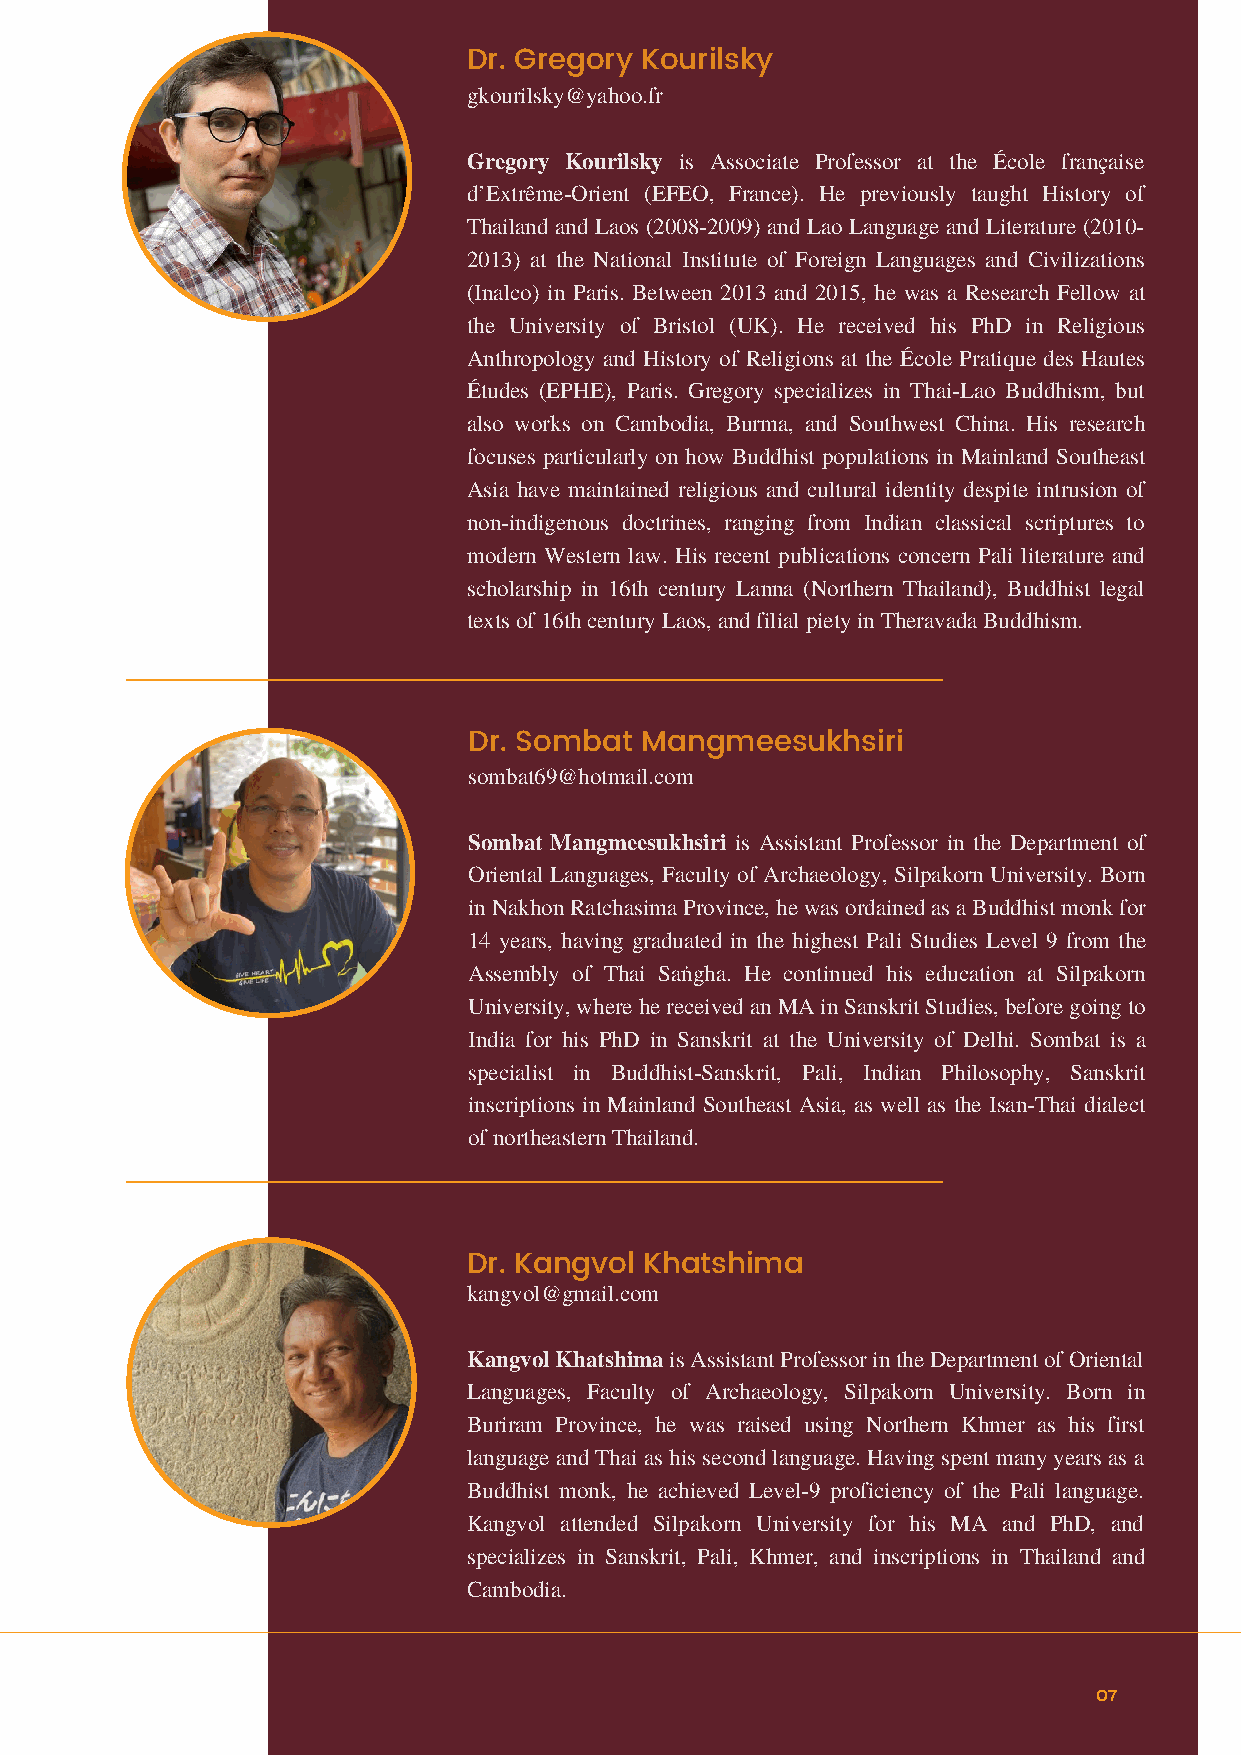
Dr. Gregory Kourilsky
 gkourilsky@yahoo.fr
 Gregory Kourilsky is Associate Professor at the École française
 d’Extrême-Orient (EFEO, France). He previously taught History of
 Thailand and Laos (2008-2009) and Lao Language and Literature (2010-
 2013) at the National Institute of Foreign Languages and Civilizations
 (Inalco) in Paris. Between 2013 and 2015, he was a Research Fellow at
 the University of Bristol (UK). He received his PhD in Religious
 Anthropology and History of Religions at the École Pratique des Hautes
 Études (EPHE), Paris. Gregory specializes in Thai-Lao Buddhism, but
 also works on Cambodia, Burma, and Southwest China. His research
 focuses particularly on how Buddhist populations in Mainland Southeast
 Asia have maintained religious and cultural identity despite intrusion of
 non-indigenous doctrines, ranging from Indian classical scriptures to
 modern Western law. His recent publications concern Pali literature and
 scholarship in 16th century Lanna (Northern Thailand), Buddhist legal
 texts of 16th century Laos, and filial piety in Theravada Buddhism.
 Dr. Sombat Mangmeesukhsiri
 sombat69@hotmail.com
 Sombat Mangmeesukhsiri is Assistant Professor in the Department of
 Oriental Languages, Faculty of Archaeology, Silpakorn University. Born
 in Nakhon Ratchasima Province, he was ordained as a Buddhist monk for
 14 years, having graduated in the highest Pali Studies Level 9 from the
 Assembly of Thai Saṅgha. He continued his education at Silpakorn
 University, where he received an MA in Sanskrit Studies, before going to
 India for his PhD in Sanskrit at the University of Delhi. Sombat is a
 specialist in Buddhist-Sanskrit, Pali, Indian Philosophy, Sanskrit
 inscriptions in Mainland Southeast Asia, as well as the Isan-Thai dialect
 of northeastern Thailand.
 Dr. Kangvol Khatshima
 kangvol@gmail.com
 Kangvol Khatshima is Assistant Professor in the Department of Oriental
 Languages, Faculty of Archaeology, Silpakorn University. Born in
 Buriram Province, he was raised using Northern Khmer as his first
 language and Thai as his second language. Having spent many years as a
 Buddhist monk, he achieved Level-9 proficiency of the Pali language.
 Kangvol attended Silpakorn University for his MA and PhD, and
 specializes in Sanskrit, Pali, Khmer, and inscriptions in Thailand and
 Cambodia.
 07